Annual report on the mental hospital in the Central Provinces and Berar (Nagpur) - 1927-1951
Year: 1927
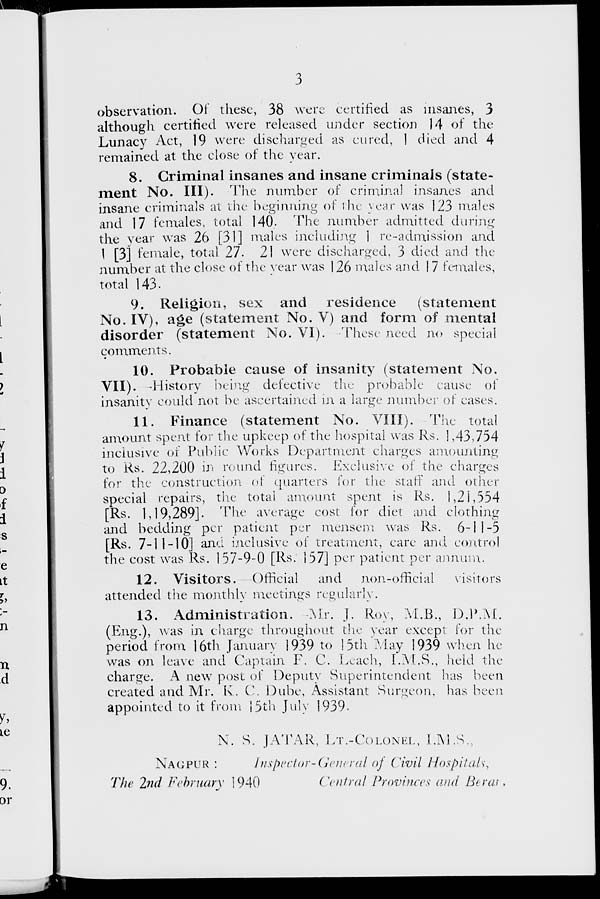
3
observation. Of these, 38 were certified as insanes, 3
although certified were released under section 14 of the
Lunacy Act, 19 were discharged as cured, 1 died and 4
remained at the close of the year.
8. Criminal insanes and insane criminals (state-
ment No. III).––The number of criminal insanes and
insane criminals at the beginning of the year was 123 males
and 17 females, total 140. The number admitted during
the year was 26 [31] males including 1 re-admission and
1 [3] female, total 27. 21 were discharged, 3 died and the
number at the close of the year was 126 males and 1 7 females,
total 143.
9. Religion, sex and
residence
(statement
No. IV), age (statement No. V) and form of mental
disorder (statement No. VI). These need no special
comments.
10. Probable cause of insanity (statement No.
VII). History being defective the probable cause of
insanity could not be ascertained in a large number of cases.
11. Finance (statement No. VIII). The total
amount spent for the upkeep of the hospital was Rs. 1,43,754
inclusive of Public Works Department charges amounting
to Rs. 22,200 in round figures. Exclusive of the charges
for the construction of quarters for the staff and other
special repairs, the total amount spent is Rs. l,21,554
[Rs. 1,19,289]. The average cost for diet and clothing
and bedding per patient per mensem was Rs. 6-11-5
[Rs. 7-11-10] and inclusive of treatment, care and control
the cost was Rs. 157-9-0 [Rs. 157] per patient per annum.
12. Visitors. Official
and
non-official
visitors
attended the monthly meetings regularly.
13. Administration. Mr. J. Roy, M.B., D.P.M.
(Eng.), was in charge throughout the year except for the
period from 16th January 1939 to 15th May 1939 when he
was on leave and Captain F. C. Leach, I.M.S., held the
charge. A new post of Deputy Superintendent has been
created and Mr. K. C. Dube, Assistant Surgeon, has been
appointed to it from 15th July 1939.
N. S. JATAR, LT.-COLONEL, L.M.S.,
NAGPUR :
Inspector-General of Civil Hospitals.
The 2nd February 1940
Central Provinces and Berar.